system: You are a helpful assistant.
user:
Analyze the provided spectrum to determine if it is a **S-type Star**.

- **Key Indicators for S-type Star:**

    - **(Overall Spectrum Shape):** The first and most obvious characteristic is the overall continuum (the "baseline" shape). It is **extremely "red-sloping,"** meaning the flux (light intensity) is very low on the left side (blue, ~4000-4500 Å) and rises steeply and continuously toward the right side (red, ~7000 Å+).

    - **(Primary):** The spectrum is defined by the presence of strong, broad molecular absorption "valleys" (bands) from **Zirconium Oxide (ZrO)**. The identification of these bands is the **primary requirement** for classifying a star as S-type.
        - **(Key Bandheads):** You must find distinct, deep "dips" where the light has been absorbed. The most critical band systems to locate are:
            - **~6474 Å** ($\gamma$-system): This is often the strongest and clearest ZrO feature, found in the red part of the spectrum.
            - **~5718 Å** & **~5551 Å** ($\beta$-system): A pair of prominent absorption features in the yellow-orange part of the spectrum.
            - **~4640 Å** ($\alpha$-system): A key absorption band system in the blue-green region of the spectrum.

    - **(Secondary Confirmation):** The classification is strengthened by finding additional absorption bands from other related heavy element oxides, which are expected to be present alongside ZrO.
        - **(Key Bandheads):**
            - **Yttrium Oxide (YO):** Look for absorption dips near **~4800 Å** and **~6100 Å**.
            - **Lanthanum Oxide (LaO):** Additional absorption features, particularly in the red-orange part of the spectrum, are also characteristic.

    - **(Line Profile):** The combination of the steep red continuum and these numerous, deep molecular bands (ZrO, YO, etc.) gives the entire spectrum a very **"chopped-up"** or **"bumpy"** appearance. Instead of a smooth curve, the spectrum looks as though large, wide chunks of light have been "carved out" of it at the specific wavelengths listed above.

Think first, call **spectral_visualization_tool** if needed to examine features in detail, then provide your final answer. Your response must adhere to the following strict rules:
1.  **Overall Structure:** Your response must follow the format `<think>...</think> <tool_call>...</tool_call> (if a tool is used) <answer>...</answer>`.
2.  **Tool Usage Constraint:** You may only make **one** tool call per turn.
3.  **Final Answer Format:** In the `<answer>` tag, your conclusion must be inside a `\boxed{}` command (e.g., `\boxed{YES}` or `\boxed{NO}`), followed by your justification.

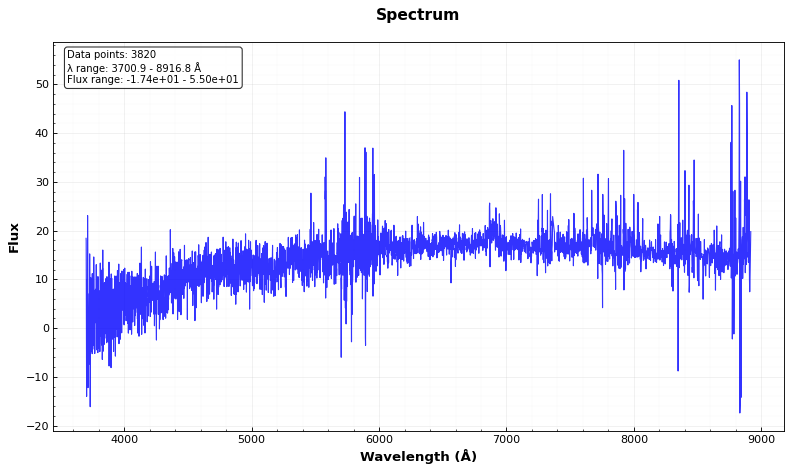
Answer: NO